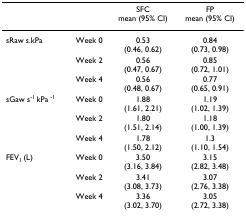
<table><thead><tr><td></td><td></td><td><b>SFCmean (95% CI)</b></td><td><b>FPmean (95% CI)</b></td></tr></thead><tbody><tr><td>sRaw s.kPa</td><td>Week 0</td><td>0.53(0.46, 0.62)</td><td>0.84(0.73, 0.98)</td></tr><tr><td></td><td>Week 2</td><td>0.56(0.47, 0.67)</td><td>0.85(0.72, 1.01)</td></tr><tr><td></td><td>Week 4</td><td>0.56(0.48, 0.67)</td><td>0.77(0.65, 0.91)</td></tr><tr><td>sGaw s<sup>-1 </sup>kPa <sup>-1</sup></td><td>Week 0</td><td>1.88(1.61, 2.21)</td><td>1.19(1.02, 1.39)</td></tr><tr><td></td><td>Week 2</td><td>1.80(1.51, 2.14)</td><td>1.18(1.00, 1.39)</td></tr><tr><td></td><td>Week 4</td><td>1.78(1.50, 2.12)</td><td>1.3(1.10, 1.54)</td></tr><tr><td>FEV<sub>1 </sub>(L)</td><td>Week 0</td><td>3.50(3.16, 3.84)</td><td>3.15(2.82, 3.48)</td></tr><tr><td></td><td>Week 2</td><td>3.41(3.08, 3.73)</td><td>3.07(2.76, 3.38)</td></tr><tr><td></td><td>Week 4</td><td>3.36(3.02, 3.70)</td><td>3.05(2.72, 3.38)</td></tr></tbody></table>